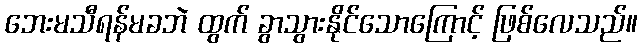
ဘေးမသီရန်မခဘဲ ထွက် ခွာသွားနိုင်သောကြောင့် ဖြစ်လေသည်။